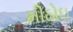
મીઠોઇ